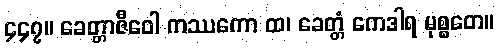
၄၄၇။ ခေတ္တာဇီဝေါ ကဿကော ထ၊ ခေတ္တံ ကေဒါရ မုစ္စတေ။